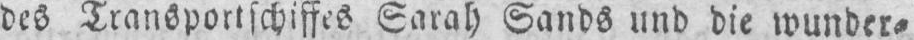
des Transportschiffes Sarah Sands und die wunder⸗